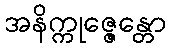
အနိက္ကုဇ္ဇေန္တော